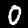
Label: 0